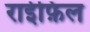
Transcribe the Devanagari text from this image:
राईफ़िल